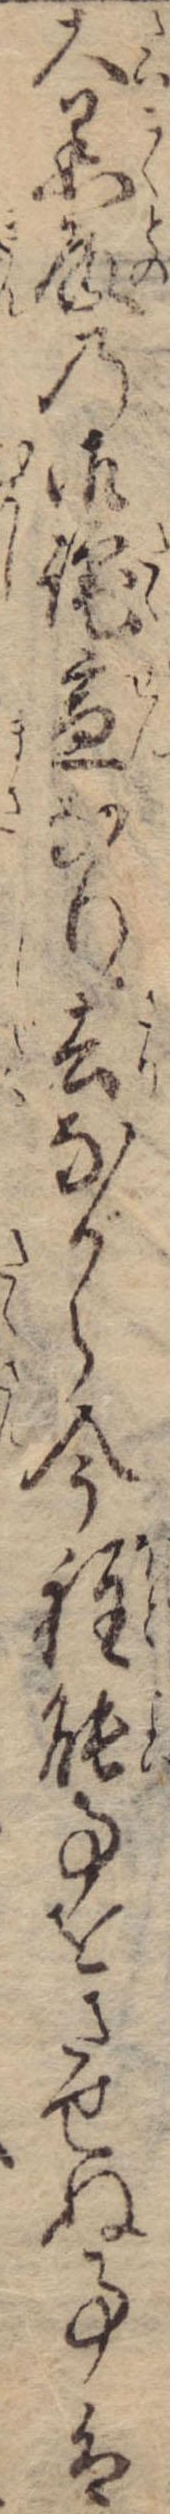
大黒殿の御詫宣なり去ながら今程能事をさせぬ事は